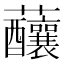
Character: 䖆